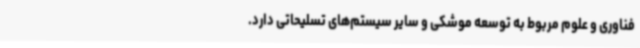
فناوری و علوم مربوط به توسعه موشکی و سایر سیستم‌های تسلیحاتی دارد.